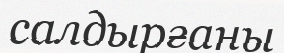
салдырғаны